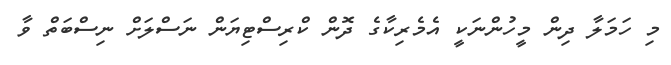
މި ހަމަލާ ދިން މީހުންނަކީ އެމެރިކާގެ ދޮން ކްރިސްޓިޔަން ނަސްލަށް ނިސްބަތް ވާ